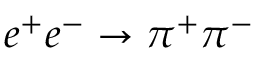
e ^ { + } e ^ { - } \to \pi ^ { + } \pi ^ { - }